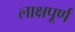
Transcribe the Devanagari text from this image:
लाक्षपूर्ण